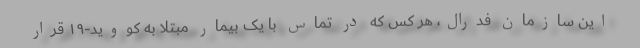
این سازمان فدرال، هر کس که در تماس با یک بیمار مبتلا به کووید-۱۹ قرار